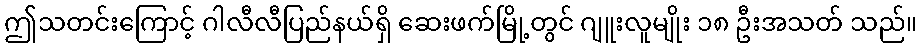
ဤသတင်းကြောင့် ဂါလီလီပြည်နယ်ရှိ ဆေးဖက်မြို့တွင် ဂျူးလူမျိုး ၁၈ ဦးအသတ် သည်။